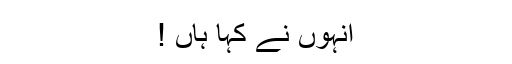
انہوں نے کہا ہاں !